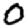
Digit: 0